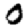
Digit: 0